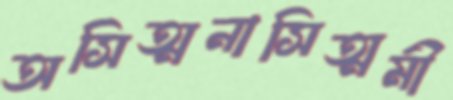
অসিত্মনাসিত্মমী